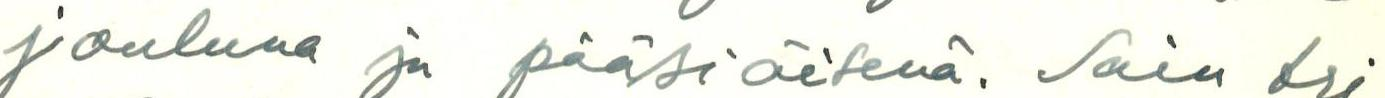
jouluna ja pääsiäisenä. Sain tri